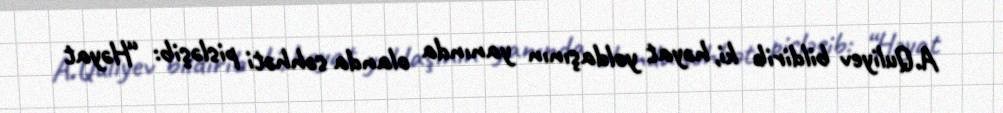
A.Quliyev bildirib ki, həyat yoldaşının yanında olanda səhhəti pisləşib: “Həyat